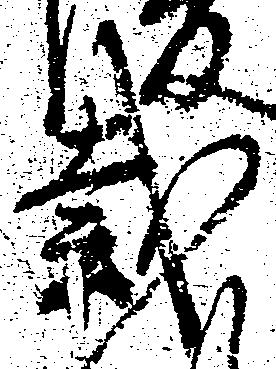
裁